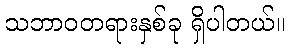
သဘာဝတရားနှစ်ခု ရှိပါတယ်။